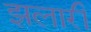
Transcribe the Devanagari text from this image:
झलारी